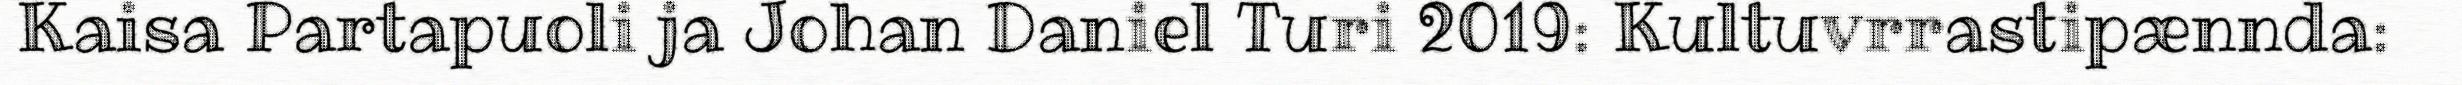
Kaisa Partapuoli ja Johan Daniel Turi 2019: Kultuvrrastipænnda: